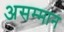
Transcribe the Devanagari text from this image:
असम्मान